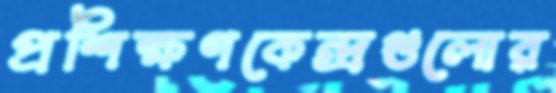
প্রশিক্ষণকেন্দ্রগুলোর